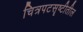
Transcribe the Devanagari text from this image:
चित्रपटसॄष्टीतील